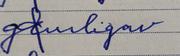
Signature authenticity: forged